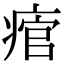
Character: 痯